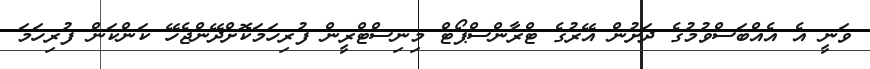
ވަނީ އެ އެއްބަސްވުމުގެ ދަށުން އޭރުގެ ޓްރާންސްޕޯޓް މިނިސްޓްރީން ފުރިހަމަކޮށްދޭންޖެހޭ ކަންކަން ފުރިހަމަ